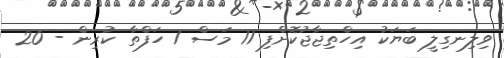
ވިލިނގިލީ ބަޔަކު އިހްތިޖާޖުކޮށްފި 11 މަސް 1 ހަފްތާ ކުރިން - 20